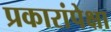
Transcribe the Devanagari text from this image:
प्रकारांपेक्षा